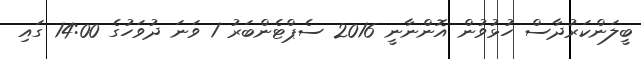
ބީލަންކަރުދާސް ހުޅުވުން އޮންނާނީ 2016 ސެޕްޓެންބަރު 1 ވަނަ ދުވަހުގެ 14:00 ގައި